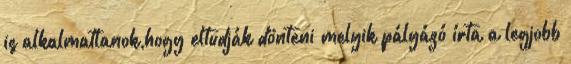
is alkalmatlanok,hogy eltudják dönteni melyik pályázó írta a legjobb